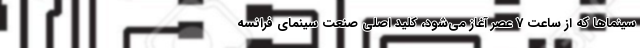
سینماها که از ساعت 7 عصر آغاز می‌شود، کلید اصلی صنعت سینمای فرانسه